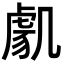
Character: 𭂸